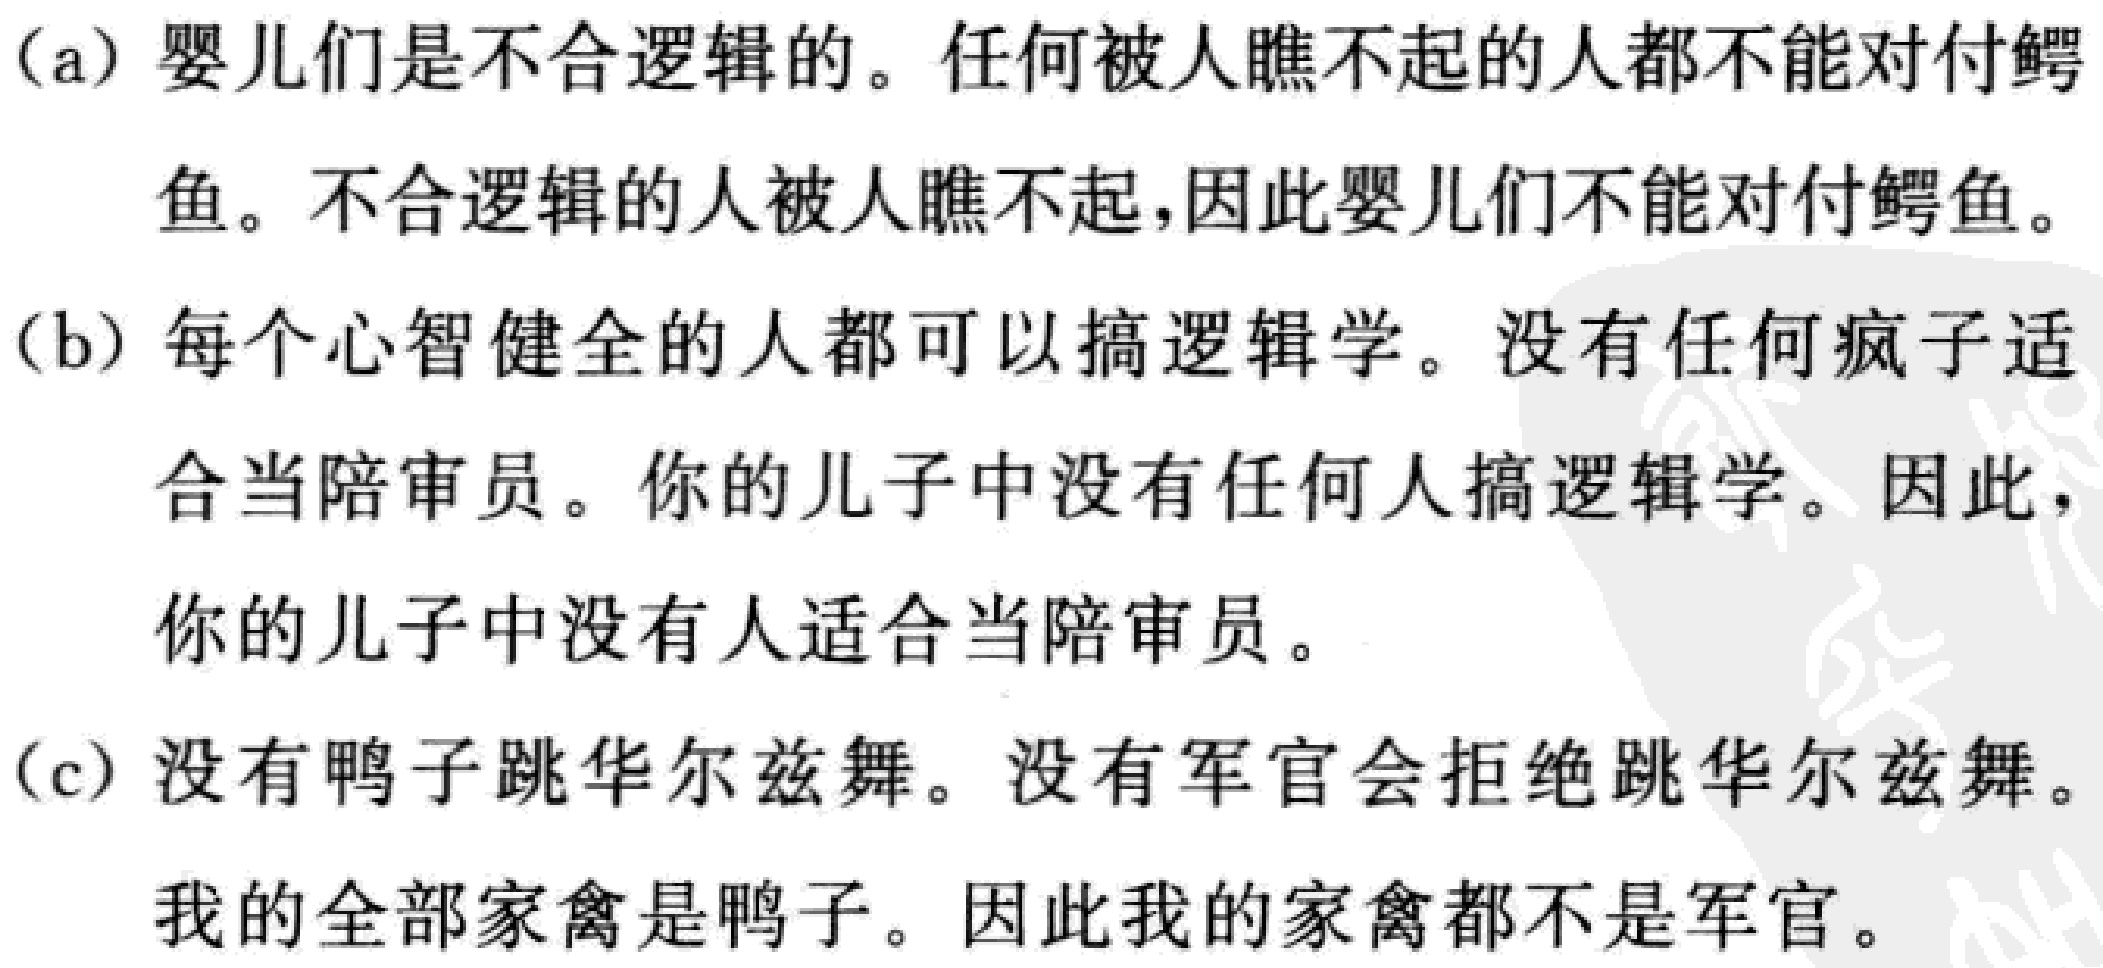
(a) 婴儿们是不合逻辑的。任何被人瞧不起的人都不能对付鳄鱼。不合逻辑的人被人瞧不起,因此婴儿们不能对付鳄鱼。

(b) 每个心智健全的人都可以搞逻辑学。没有任何疯子适合当陪审员。你的儿子中没有任何人搞逻辑学。因此，你的儿子中没有人适合当陪审员。

(c) 没有鸭子跳华尔兹舞。没有军官会拒绝跳华尔兹舞。我的全部家禽是鸭子。因此我的家禽都不是军官。